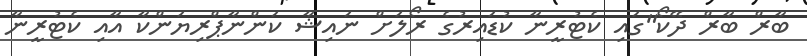
ބާރް ބާރް ދޭކޯ"ގައި ކެޓުރީނާ ކުޑައިރުގެ ރޯލަށް ނައިޝާ ކަންނާޕްރިޔަންކާ އާއި ކެޓުރީނާ